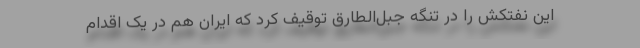
این نفتکش را در تنگه جبل‌الطارق توقیف کرد که ایران هم در یک اقدام